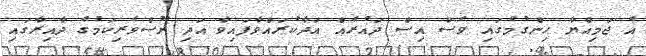
އެ ޖަމިއްޔާ ހިންގުމުގައި ވެސް އިސް ދައުރެއް އަދާކުރައްވާފައިވާ އަދި ނޫސްވެރިކަމުގެ ދާއިރާގައި